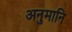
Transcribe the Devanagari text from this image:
अनुमानि